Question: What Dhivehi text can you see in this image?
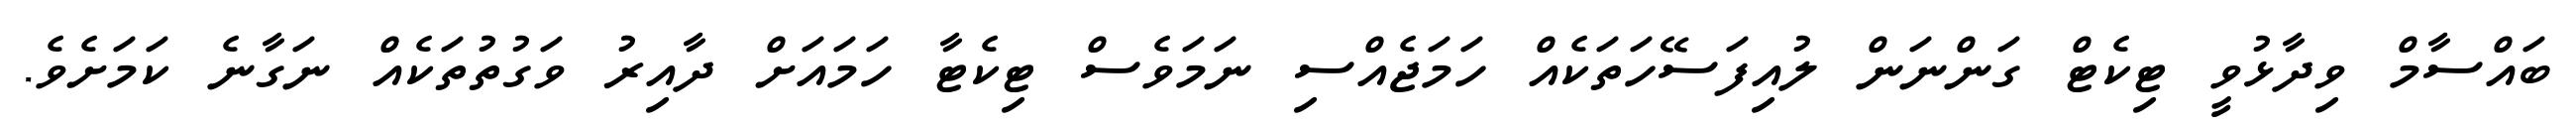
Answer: ބައްސާމް ވިދާޅުވީ ޓިކެޓް ގަންނަން ލުއިފަސޭހަތަކެއް ހަމަޖެއްސި ނަމަވެސް ޓިކެޓާ ހަމައަށް ދާއިރު ވަގުތުތަކެއް ނަގާނެ ކަމަށެވެ.